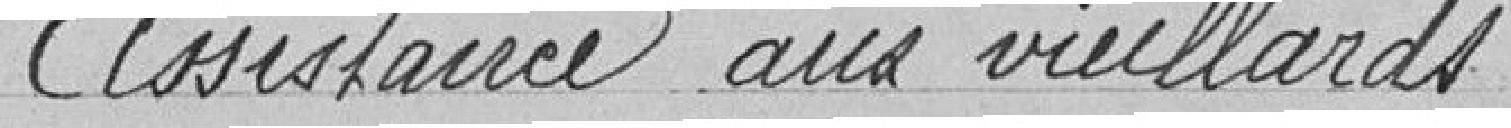
Assistance aux vieillards